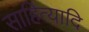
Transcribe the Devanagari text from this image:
साहित्यादि